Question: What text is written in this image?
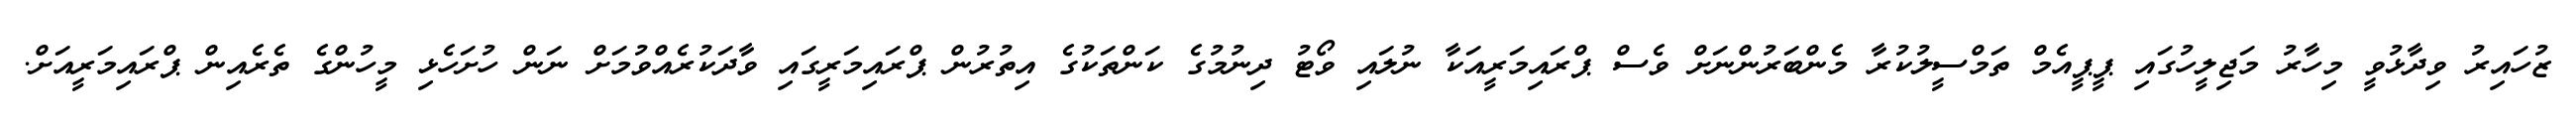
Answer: ޒުހައިރު ވިދާޅުވީ މިހާރު މަޖިލީހުގައި ޕީޕީއެމް ތަމްސީލުކުރާ މެންބަރުންނަށް ވެސް ޕްރައިމަރީއަކާ ނުލައި ވޯޓު ދިނުމުގެ ކަންތަކުގެ އިތުރުން ޕްރައިމަރީގައި ވާދަކުރެއްވުމަށް ނަން ހުށަހެޅި މީހުންގެ ތެރެއިން ޕްރައިމަރީއަށް.